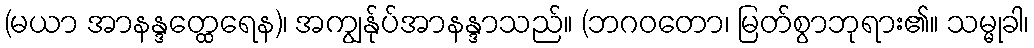
(မယာ အာနန္ဒတ္ထေရေန)၊ အကျွန်ုပ်အာနန္ဒာသည်။ (ဘဂဝတော၊ မြတ်စွာဘုရား၏။ သမ္မုခါ၊